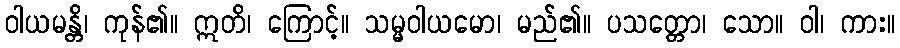
ဝါယမန္တိ၊ ကုန်၏။ ဣတိ၊ ကြောင့်။ သမ္မဝါယမော၊ မည်၏။ ပသတ္တော၊ သော။ ဝါ၊ ကား။